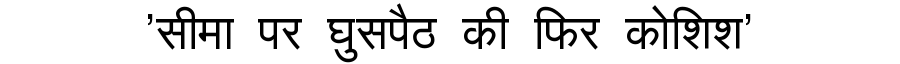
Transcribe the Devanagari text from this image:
'सीमा पर घुसपैठ की फिर कोशिश'